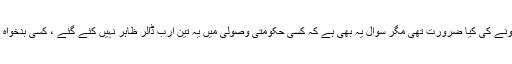
اگر یہی صورتحال ہے کہ تو حکومت کو آئی ایم ایف کے پاس ذلیل ہونے کی کیا ضرورت تھی مگر سوال یہ بھی ہے کہ کسی حکومتی وصولی میں یہ تین ارب ڈالر ظاہر نہیں کئے گئے ، کسی بدخواہ نے ہرزہ سرائی کی ، کیا باجی نے یہ ڈائریکٹ ہی تو نہیں پکڑ لئے؟